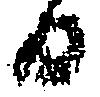
日